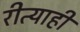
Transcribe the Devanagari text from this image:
रीत्याही